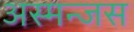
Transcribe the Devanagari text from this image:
अस्मन्जस